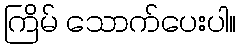
ကြိမ် သောက်ပေးပါ။